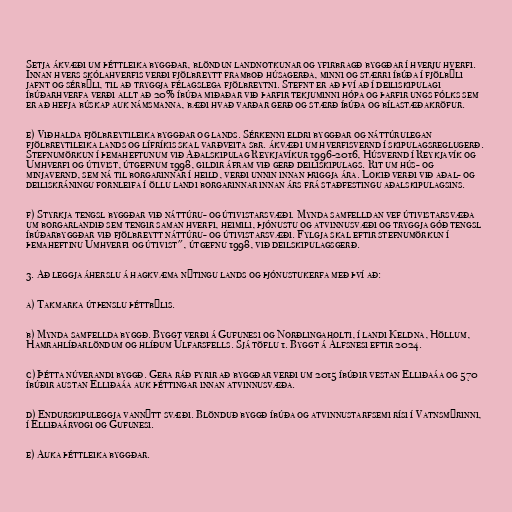
Setja ákvæði um þéttleika byggðar, blöndun landnotkunar og yfirbragð byggðar í hverju hverfi.
Innan hvers skólahverfis verði fjölbreytt framboð húsagerða, minni og stærri íbúða í fjölbýli
jafnt og sérbýli, til að tryggja félagslega fjölbreytni. Stefnt er að því að í deiliskipulagi
íbúðarhverfa verði allt að 20% íbúða miðaðar við þarfir tekjuminni hópa og þarfir ungs fólks sem
er að hefja búskap auk námsmanna, bæði hvað varðar gerð og stærð íbúða og bílastæðakröfur.

e) Viðhalda fjölbreytileika byggðar og lands. Sérkenni eldri byggðar og náttúrulegan
fjölbreytileika lands og lífríkis skal varðveita sbr. ákvæði um hverfisvernd í skipulagsreglugerð.
Stefnumörkun í þemaheftunum við Aðalskipulag Reykjavíkur 1996-2016, Húsvernd í Reykjavík og
Umhverfi og útivist, útgefnum 1998, gildir áfram við gerð deiliskipulags. Rit um hús- og
minjavernd, sem ná til borgarinnar í heild, verði unnin innan þriggja ára. Lokið verði við aðal- og
deiliskráningu fornleifa í öllu landi borgarinnar innan árs frá staðfestingu aðalskipulagsins.

f) Styrkja tengsl byggðar við náttúru- og útivistarsvæði. Mynda samfelldan vef útivistarsvæða
um borgarlandið sem tengir saman hverfi, heimili, þjónustu og atvinnusvæði og tryggja góð tengsl
íbúðarbyggðar við fjölbreytt náttúru- og útivistarsvæði. Fylgja skal eftir stefnumörkun í
þemaheftinu Umhverfi og útivist", útgefnu 1998, við deilskipulagsgerð.

3. Að leggja áherslu á hagkvæma nýtingu lands og þjónustukerfa með því að:

a) Takmarka útþenslu þéttbýlis.

b) Mynda samfellda byggð. Byggt verði á Gufunesi og Norðlingaholti, í landi Keldna, Höllum,
Hamrahlíðarlöndum og hlíðum Úlfarsfells. Sjá töflu 1. Byggt á Álfsnesi eftir 2024.

c) Þétta núverandi byggð. Gera ráð fyrir að byggðar verði um 2015 íbúðir vestan Elliðaáa og 570
íbúðir austan Elliðaáa auk þéttingar innan atvinnusvæða.

d) Endurskipuleggja vannýtt svæði. Blönduð byggð íbúða og atvinnustarfsemi rísi í Vatnsmýrinni,
í Elliðaárvogi og Gufunesi.

e) Auka þéttleika byggðar.